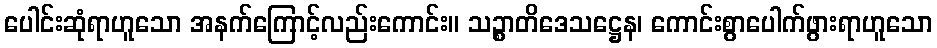
ပေါင်းဆုံရာဟူသော အနက်ကြောင့်လည်းကောင်း။ သဉ္စာတိဒေသဋ္ဌေန၊ ကောင်းစွာပေါက်ဖွားရာဟူသော